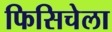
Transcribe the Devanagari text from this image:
फिसिचेला